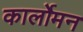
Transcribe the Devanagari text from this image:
कार्लोमन